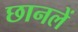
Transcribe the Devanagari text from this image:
छानलें